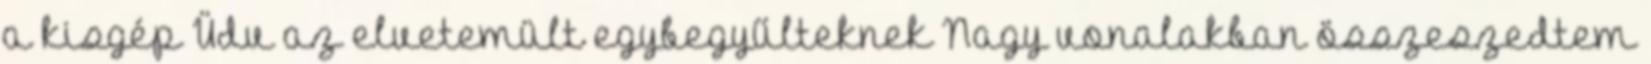
a kisgép Üdv az elvetemült egybegyűlteknek Nagy vonalakban összeszedtem